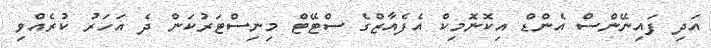
އަދި ފައިނޭންސް އެންޑް އިކޮނޮމިކް އެފެއާޒްގެ ސްޓޭޓް މިިނިސްޓަރުކަން ދެ އަހަރު ކުރެއްވި